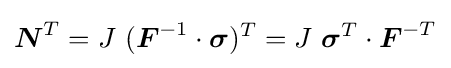
{\boldsymbol {N}}^{T}=J~({\boldsymbol {F}}^{-1}\cdot {\boldsymbol {\sigma }})^{T}=J~{\boldsymbol {\sigma }}^{T}\cdot {\boldsymbol {F}}^{-T}